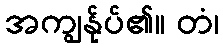
အကျွန်ုပ်၏။ တံ၊